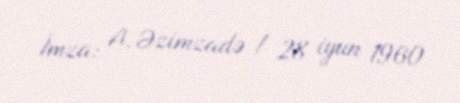
İmza: A. Əzimzadə / 28 iyun 1960